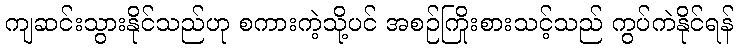
ကျဆင်းသွားနိုင်သည်ဟု စကားကဲ့သို့ပင် အစဉ်ကြိုးစားသင့်သည် ကွပ်ကဲနိုင်ရန်